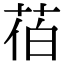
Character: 𦯉